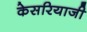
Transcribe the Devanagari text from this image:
केसरियाजी